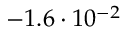
- 1 . 6 \cdot 1 0 ^ { - 2 }